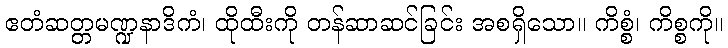
ဧတံဆတ္တမဏ္ဍနာဒိကံ၊ ထိုထီးကို တန်ဆာဆင်ခြင်း အစရှိသော။ ကိစ္စံ၊ ကိစ္စကို။